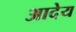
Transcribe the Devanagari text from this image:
आदेय